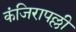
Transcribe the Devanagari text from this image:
कंजिरापल्ली